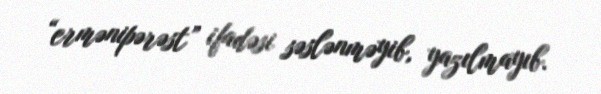
“ermənipərəst” ifadəsi səslənməyib, yazılmayıb.